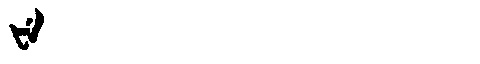
Manchu: ᡶᡝ
Romanization: FE